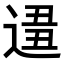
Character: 𨔚